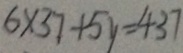
6 \times 3 7 + 5 y = 4 3 7